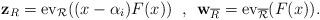
LaTeX: \begin{align*} \mathbf{z}_R=\mbox{ev}_{\mathcal{R}}((x-\alpha_i) F(x)) \; \mbox{ , } \; \mathbf{w}_{\overline{R}}=\mbox{ev}_{\overline{\mathcal{R}}}( F(x)).\end{align*}